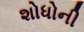
શોધોની